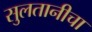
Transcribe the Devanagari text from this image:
सुलतानीचा